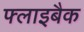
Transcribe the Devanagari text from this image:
फ्लाइबैक